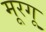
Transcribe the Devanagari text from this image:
मूरगू